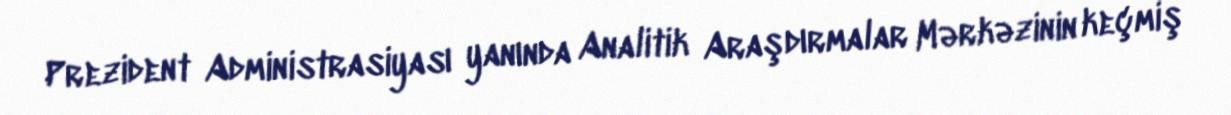
Prezident Administrasiyası yanında Analitik Araşdırmalar Mərkəzinin keçmiş